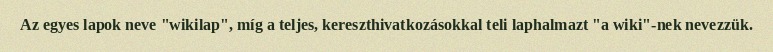
Az egyes lapok neve "wikilap", míg a teljes, kereszthivatkozásokkal teli laphalmazt "a wiki"-nek nevezzük.